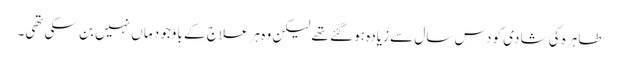
طاہرہ کی شادی کو دس سال سے زیادہ ہو گئے تھے لیکن وہ ہر علاج کے باوجود ماں نہیں بن سکی تھی۔